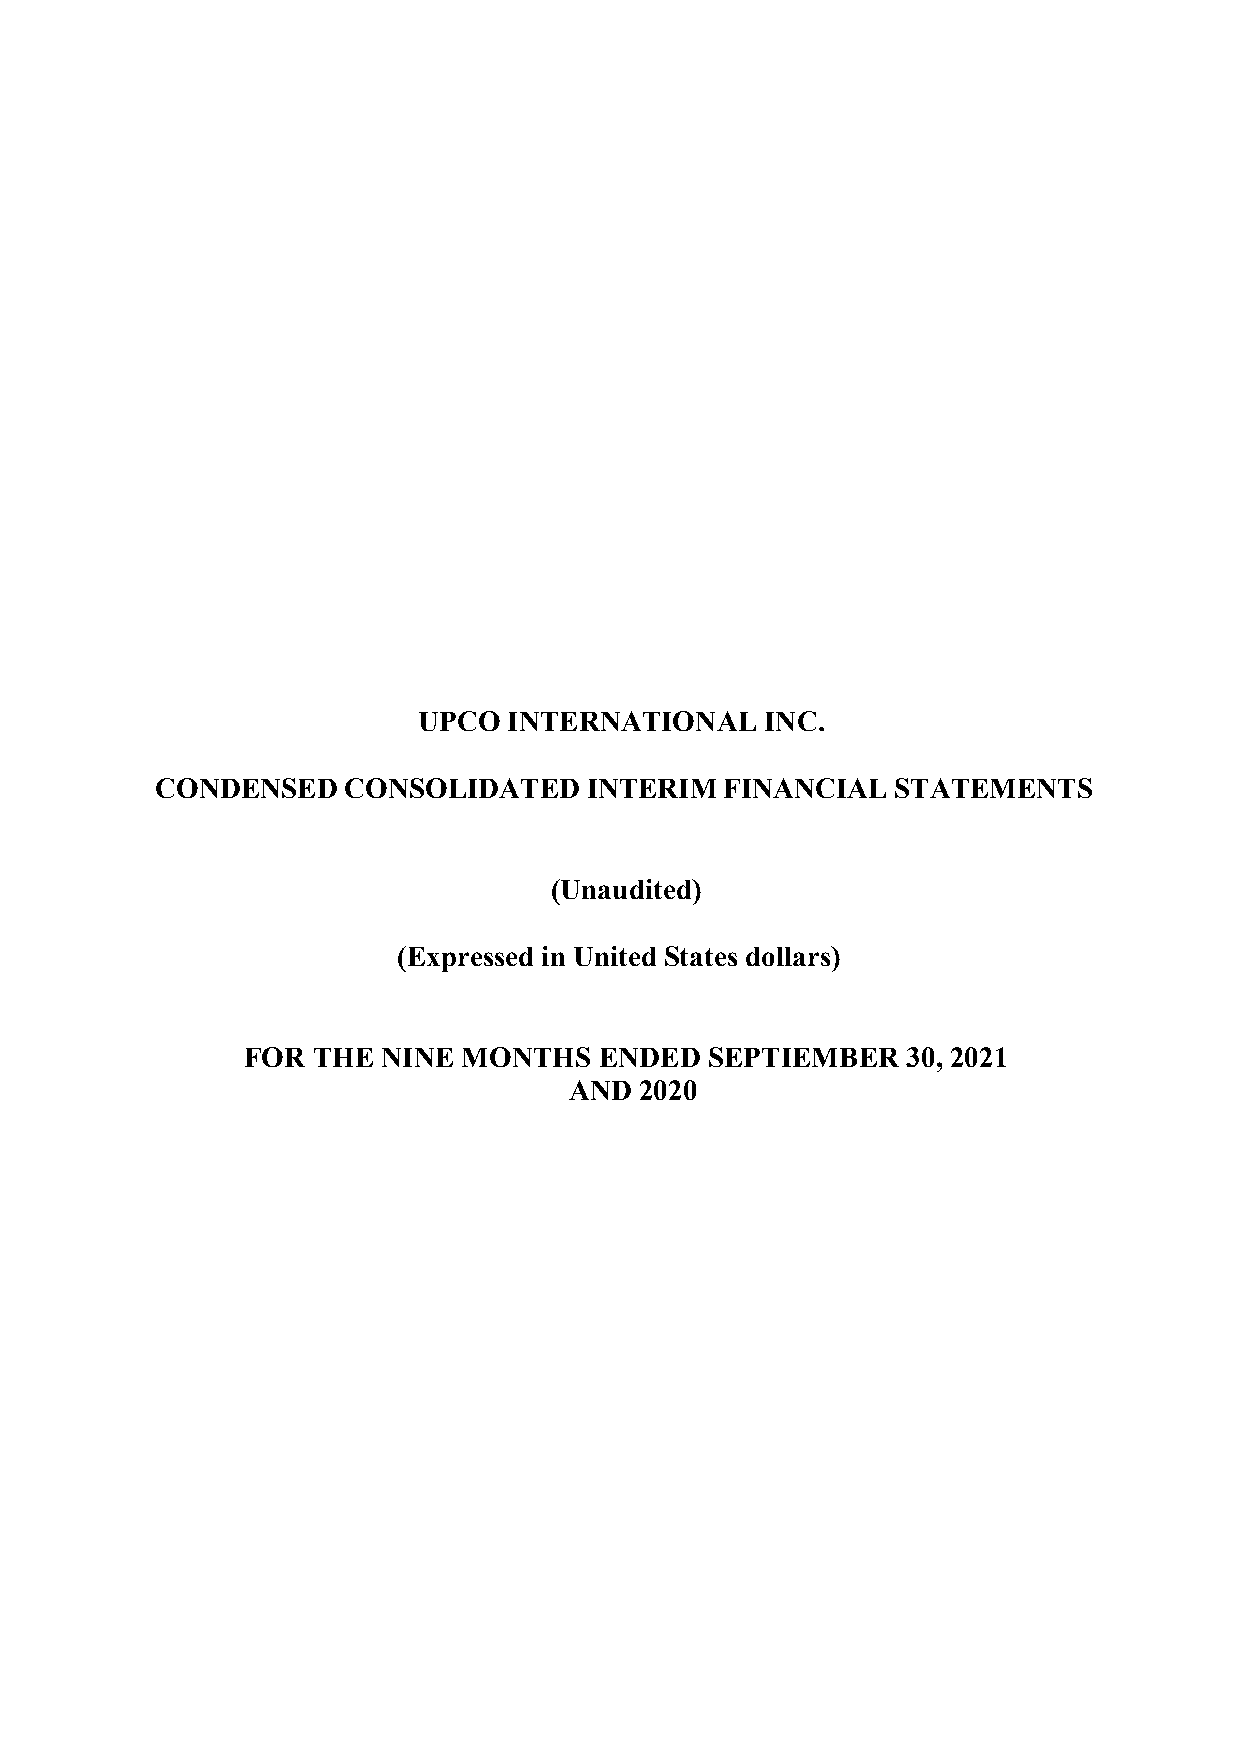
UPCO  INTERNATIONAL    INC.
 CONDENSED    CONSOLIDATED    INTERIM  FINANCIAL  STATEMENTS
 (Unaudited)
 (Expressed in United States dollars)
 FOR  THE NINE  MONTHS   ENDED  SEPTIEMBER   30, 2021
 AND 2020